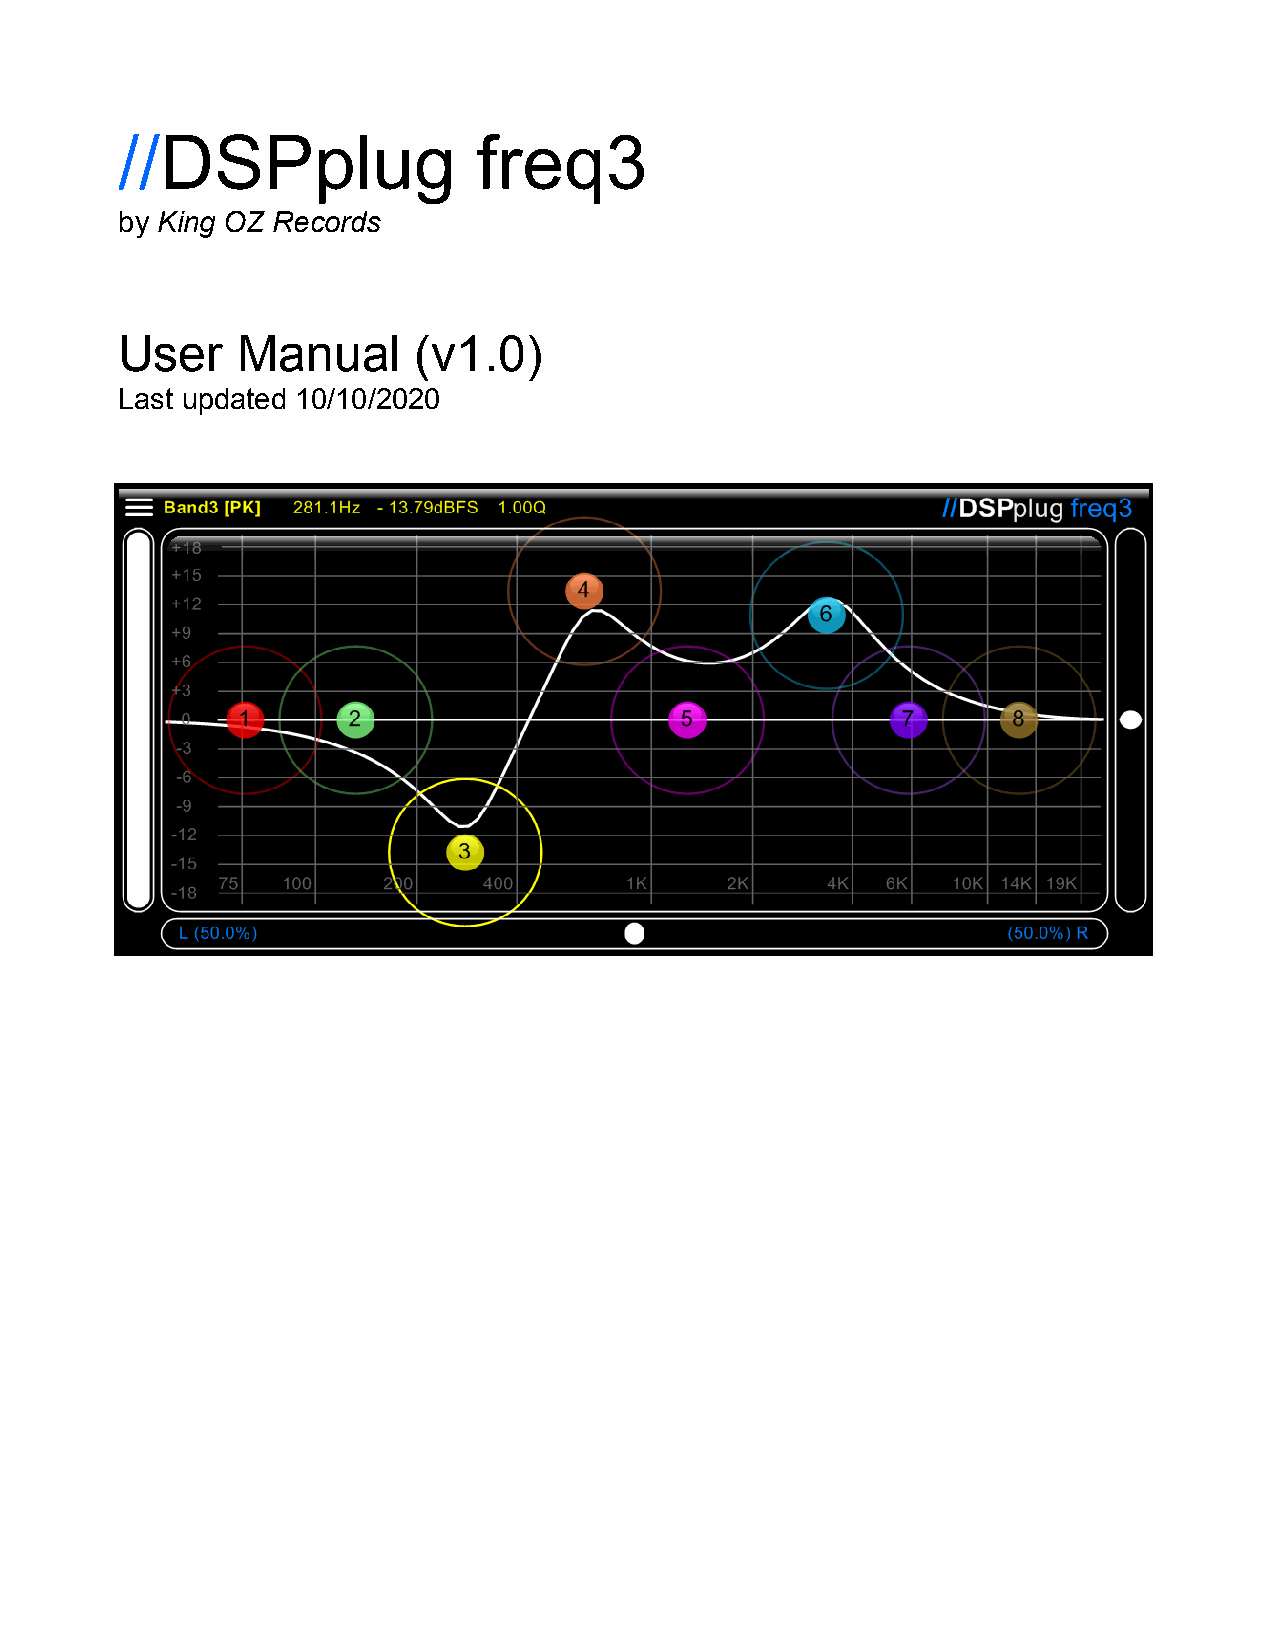
//DSPplug               freq3
 by King OZ Records
 User    Manual      (v1.0)
 Last updated 10/10/2020